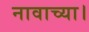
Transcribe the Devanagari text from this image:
नावाच्या।